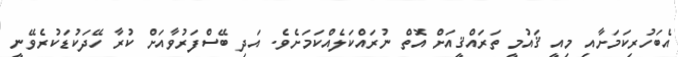
އެބަހުރިކަމަށާއި މިއީ ޤައުމީ ތަރައްޤީއަށް އޮތް ނުރައްކަލެއްކަމަށެވެ. އަދި ބޭސްފަރުވާއަށް ކުރާ ހޭދަކުޑަކުރެވޭނީ